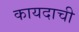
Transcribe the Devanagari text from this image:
कायदाची